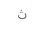
Letter: _tha